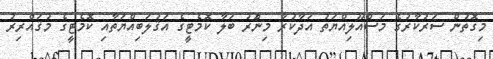
މިގޮތުން ސަރުކާރުގެ މަސްއޫލިއްޔަތު އަދާކުރާ މިންަރު ބަލާ ކޮމެޓީގެ އަޤުލަބިއްޔަތާއި ކޮމެޓީގެ މުޤައްރިރު